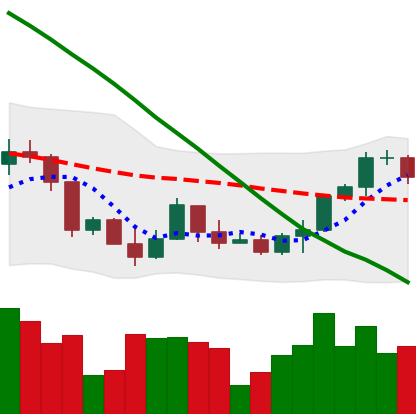
Ticker: ETH-USD
Chart end date: 2022-03-20
Forward return: 8.607%
Label: up_7plus